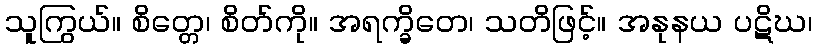
သူကြွယ်။ စိတ္တေ၊ စိတ်ကို။ အရက္ခိတေ၊ သတိဖြင့်။ အနုနယ ပဋိဃ၊